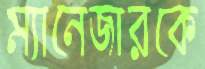
ম্যানেজারকে